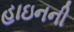
હાઇનની